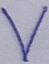
Text: V